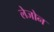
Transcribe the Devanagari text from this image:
लेजोन